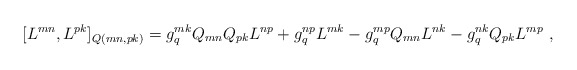
\begin{align*}[L^{mn},L^{pk}]_{Q(mn,pk)}=g^{mk}_qQ_{mn}Q_{pk}L^{np}+g^{np}_qL^{mk}-g^{mp}_qQ_{mn}L^{nk}-g^{nk}_qQ_{pk}L^{mp}\ , \end{align*}